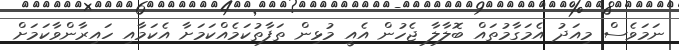
ނަމަވެސް މިއަދު އެމަގާމުތައް ބޮލާލާ ޖެހުން އެއީ މުޅިން ތަފާތުކަމެއްކަމަށާ އެކަމާއި ހައިރާންވާކަމަށް